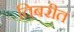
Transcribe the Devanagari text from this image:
तिबरीत